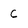
Character: C